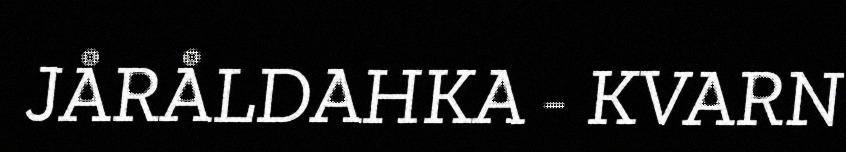
JÅRÅLDAHKA - KVARN